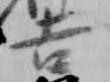
吉